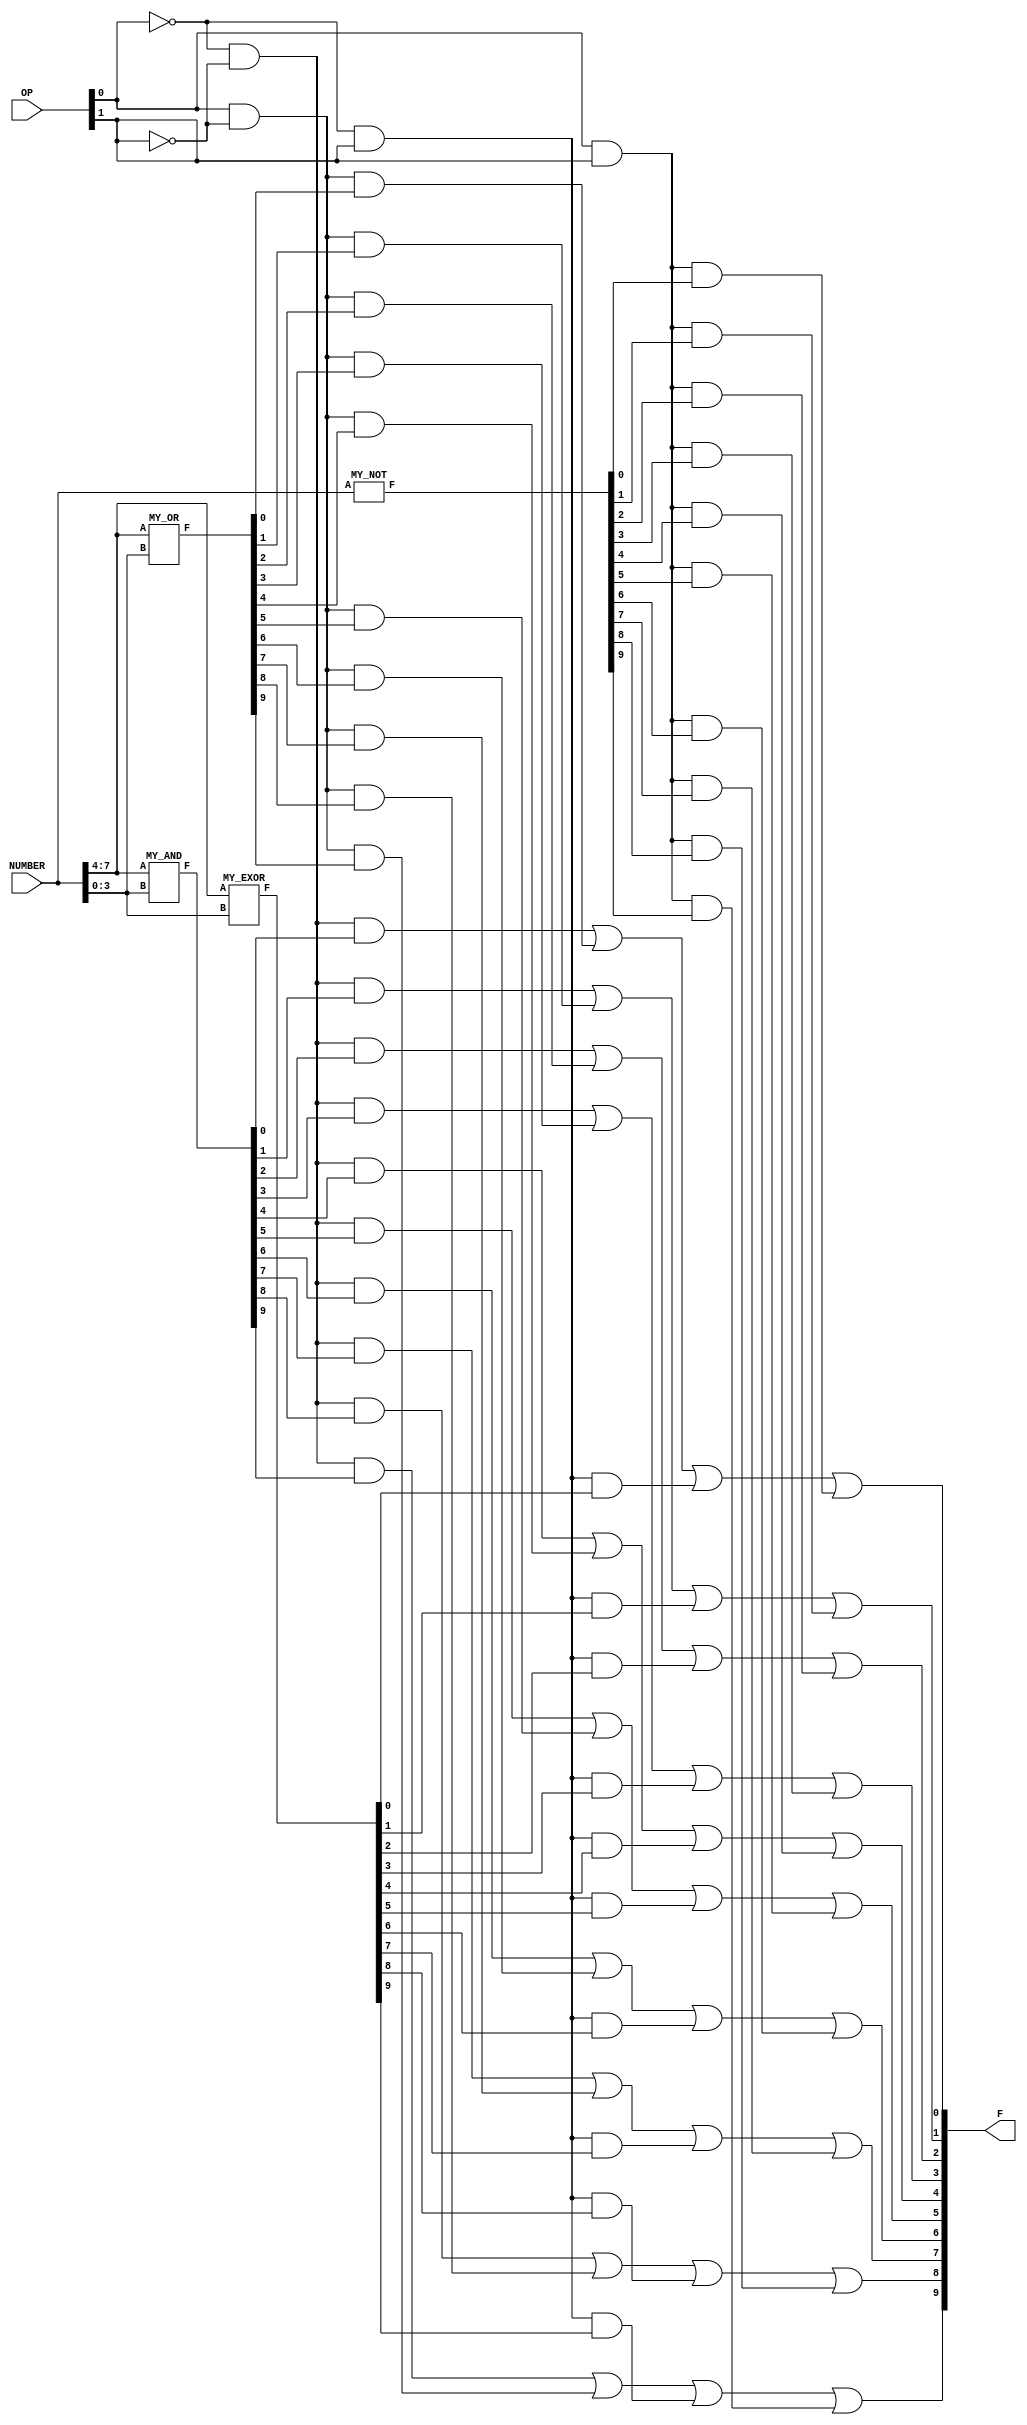
//Rudy Hill
//ECEN 2350
//Spring 2018

module LOGIC(NUMBER, OP, F);
	input [7:0] NUMBER;
	input [1:0] OP;
	output [9:0] F;
	wire [39:0] W;
	
	MY_AND A1(NUMBER[7:4],NUMBER[3:0],W[39:30]);
	MY_OR O1(NUMBER[7:4],NUMBER[3:0],W[29:20]);
	MY_EXOR E1(NUMBER[7:4],NUMBER[3:0],W[19:10]);
	MY_NOT N1(NUMBER[7:0],W[9:0]);
	
	
	//AND FOR 00, OR FOR 01, XOR FOR 10, NOT FOR 11
	assign F[0] = (~OP[0]&~OP[1]&W[30])|(OP[0]&~OP[1]&W[20])|(~OP[0]&OP[1]&W[10])|(OP[0]&OP[1]&W[0]);
	assign F[1] = (~OP[0]&~OP[1]&W[31])|(OP[0]&~OP[1]&W[21])|(~OP[0]&OP[1]&W[11])|(OP[0]&OP[1]&W[1]);
	assign F[2] = (~OP[0]&~OP[1]&W[32])|(OP[0]&~OP[1]&W[22])|(~OP[0]&OP[1]&W[12])|(OP[0]&OP[1]&W[2]);
	assign F[3] = (~OP[0]&~OP[1]&W[33])|(OP[0]&~OP[1]&W[23])|(~OP[0]&OP[1]&W[13])|(OP[0]&OP[1]&W[3]);
	assign F[4] = (~OP[0]&~OP[1]&W[34])|(OP[0]&~OP[1]&W[24])|(~OP[0]&OP[1]&W[14])|(OP[0]&OP[1]&W[4]);
	assign F[5] = (~OP[0]&~OP[1]&W[35])|(OP[0]&~OP[1]&W[25])|(~OP[0]&OP[1]&W[15])|(OP[0]&OP[1]&W[5]);
	assign F[6] = (~OP[0]&~OP[1]&W[36])|(OP[0]&~OP[1]&W[26])|(~OP[0]&OP[1]&W[16])|(OP[0]&OP[1]&W[6]);
	assign F[7] = (~OP[0]&~OP[1]&W[37])|(OP[0]&~OP[1]&W[27])|(~OP[0]&OP[1]&W[17])|(OP[0]&OP[1]&W[7]);
	assign F[8] = (~OP[0]&~OP[1]&W[38])|(OP[0]&~OP[1]&W[28])|(~OP[0]&OP[1]&W[18])|(OP[0]&OP[1]&W[8]);
	assign F[9] = (~OP[0]&~OP[1]&W[39])|(OP[0]&~OP[1]&W[29])|(~OP[0]&OP[1]&W[19])|(OP[0]&OP[1]&W[9]);
endmodule
			
/*Take two 4 bit inputs and output ANDed 
 *4bits and 6 leading zeroes*/
module MY_AND(A,B,F);
	input [3:0] A,B;
	output [9:0] F;
	
	assign F[0] = A[0] & B[0];
	assign F[1] = A[1] & B[1];
	assign F[2] = A[2] & B[2];
	assign F[3] = A[3] & B[3];
	assign F[9:4] = 6'b000000;
endmodule

module MY_OR(A,B,F);
	input [3:0] A,B;
	output [9:0] F;
	
	assign F[0] = A[0]|B[0];
	assign F[1] = A[1]|B[1];
	assign F[2] = A[2]|B[2];
	assign F[3] = A[3]|B[3];
	assign F[9:4] = 6'b000000;
endmodule

module MY_EXOR(A,B,F);
	input [3:0] A,B;
	output [9:0] F;
	
	assign F[0] = A[0]^B[0];
	assign F[1] = A[1]^B[1];
	assign F[2] = A[2]^B[2];
	assign F[3] = A[3]^B[3];
	assign F[9:4] = 6'b000000;
endmodule

module MY_NOT(A,F);
	input [7:0] A;
	output [9:0] F;
	
	assign F[0] = ~A[0];
	assign F[1] = ~A[1];
	assign F[2] = ~A[2];
	assign F[3] = ~A[3];
	assign F[4] = ~A[4];
	assign F[5] = ~A[5];
	assign F[6] = ~A[6];
	assign F[7] = ~A[7];
	assign F[8] = 0;
	assign F[9] = 0;
endmodule